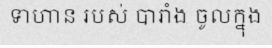
ទាហាន របស់ បារាំង ចូលក្នុង